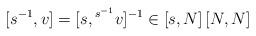
LaTeX: \begin{align*}[s^{-1},v] = [s,{}^{s^{-1}}v]^{-1}\in [s,N]\,[N,N]\end{align*}